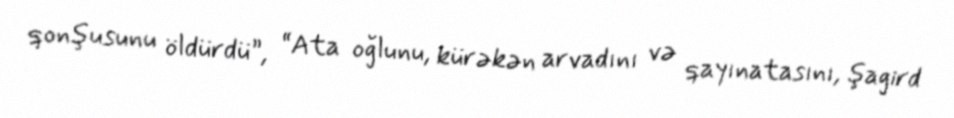
qonşusunu öldürdü”, “Ata oğlunu, kürəkən arvadını və qayınatasını, şagird